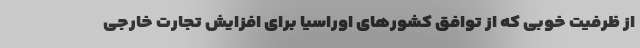
از ظرفیت خوبی که از توافق کشورهای اوراسیا برای افزایش تجارت خارجی